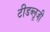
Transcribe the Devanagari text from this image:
टीडब्लूजी